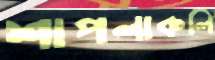
শাপলাকলি